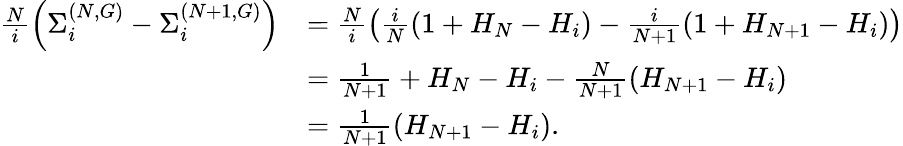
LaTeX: \begin{array}{rl}{\frac{N}{i}\left(\Sigma_{i}^{(N,G)}-\Sigma_{i}^{(N+1,G)}\right)}&{=\frac{N}{i}\left(\frac{i}{N}(1+H_{N}-H_{i})-\frac{i}{N+1}(1+H_{N+1}-H_{i})\right)}\\ &{=\frac{1}{N+1}+H_{N}-H_{i}-\frac{N}{N+1}(H_{N+1}-H_{i})}\\ &{=\frac{1}{N+1}\left(H_{N+1}-H_{i}\right).}\end{array}